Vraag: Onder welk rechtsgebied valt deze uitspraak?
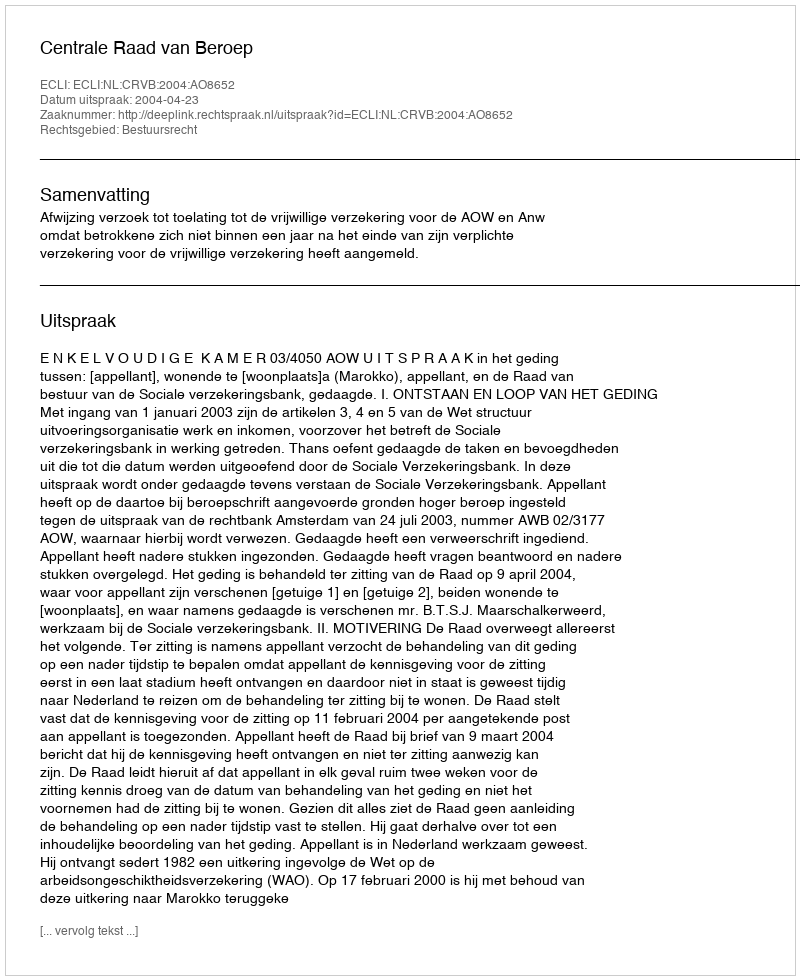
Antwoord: Bestuursrecht